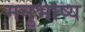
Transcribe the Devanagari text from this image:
मनुभाष्य